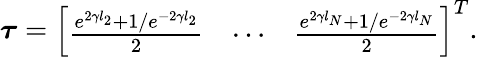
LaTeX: \boldsymbol{\tau}=\left[\begin{array}{lll}{\frac{e^{2\gamma l_{2}}+1/e^{-2\gamma l_{2}}}{2}}&{\cdots}&{\frac{e^{2\gamma l_{N}}+1/e^{-2\gamma l_{N}}}{2}}\end{array}\right]^{T}.